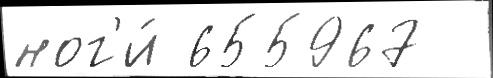
ног'и́ 655967